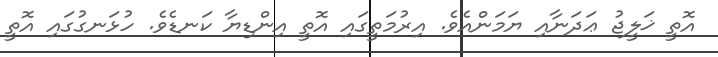
އޮތީ ޚަލީޖު ޢަދަނާއި ޔަމަންއެވެ. އިރުމަތީގައި އޮތީ އިންޑިޔާ ކަނޑެވެ. ހުޅަނގުގައި އޮތީ